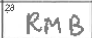
Transcription: RMB